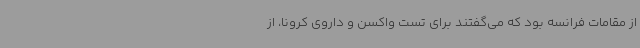
از مقامات فرانسه بود که می‌گفتند برای تست واکسن و داروی کرونا، از